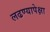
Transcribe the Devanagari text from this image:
लढण्यापेक्षा